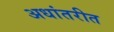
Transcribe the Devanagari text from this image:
अधांतरीत